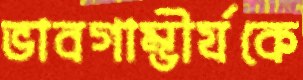
ভাবগাম্ভীর্যকে